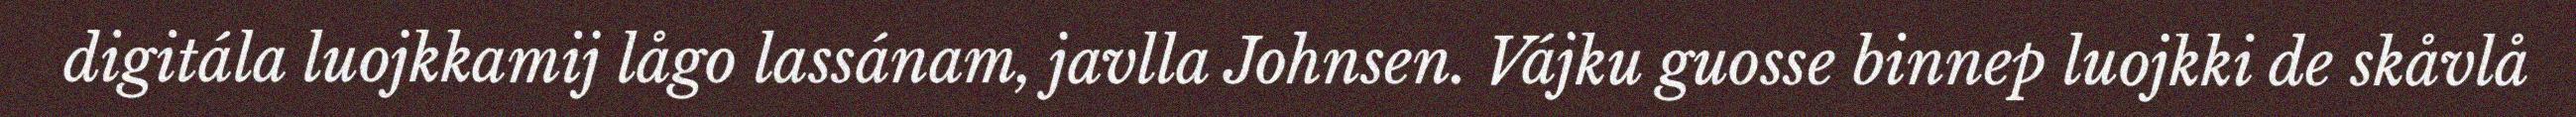
digitála luojkkamij lågo lassánam, javlla Johnsen. Vájku guosse binnep luojkki de skåvlå